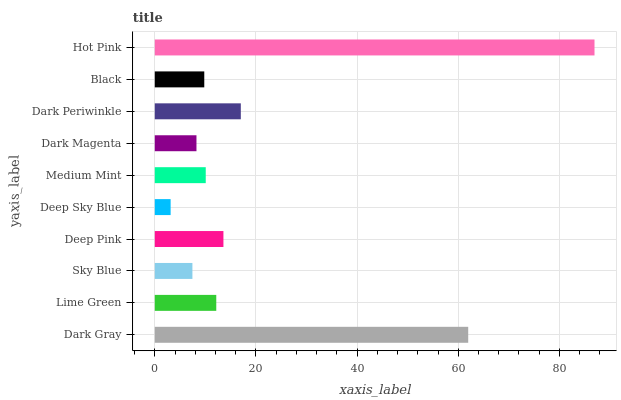
| yaxis_label | bars |
 | --- | --- |
 | Dark Gray | 62 |
 | Lime Green | 12.2 |
 | Sky Blue | 7.44 |
 | Deep Pink | 13.6 |
 | Deep Sky Blue | 3.14 |
 | Medium Mint | 10.1 |
 | Dark Magenta | 8.24 |
 | Dark Periwinkle | 17 |
 | Black | 9.79 |
 | Hot Pink | 86.9 |